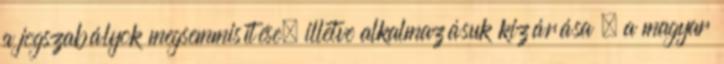
a jogszabályok megsemmisítése, illetve alkalmazásuk kizárása – a magyar